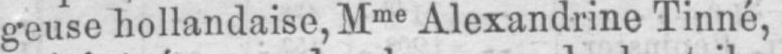
geuse hollandaise, Mme Alexandrine Tinné,